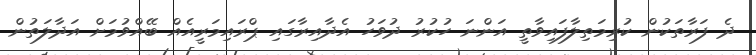
ދެ ފަރާތަކުން ކުރިމަތިލާފައިވާތީ އަންނަ ހުކުރު ދުވަހު އެދާއިރާގައި ޕްރައިމަރީއެއް ބޭއްވުމަށް އަދާލަތުން